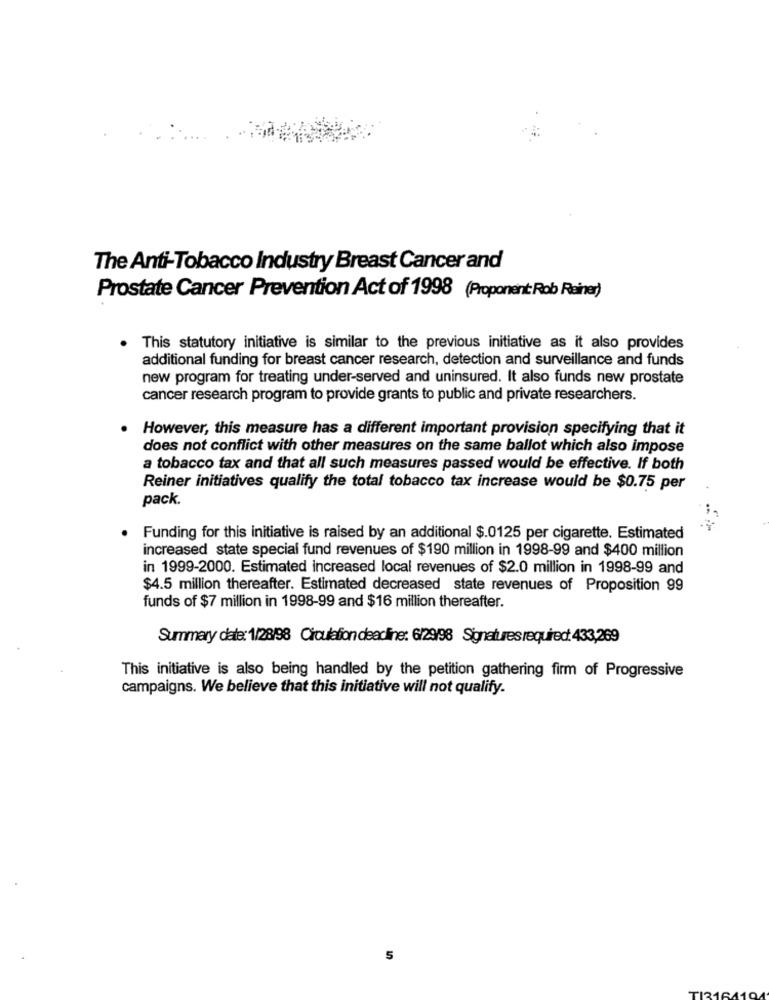
The Anti-Tobacco Industry Breast Cancer and
Prostate Cancer Prevention Act of 1998 (Proponent Rob Rainer)
This statutory initiative is similar to the previous initiative as it also provides
additional funding for breast cancer research, detection and surveillance and funds
new program for treating under-served and uninsured. It also funds new prostate
cancer research program to provide grants to public and private researchers.
However, this measure has a different important provision specifying that it
does not conflict with other measures on the same ballot which also impose
a tobacco tax and that all such measures passed would be effective. If both
Reiner initiatives qualify the total tobacco tax increase would be $0.75 per
pack.
Funding for this initiative is raised by an additional $.0125 per cigarette. Estimated
increased state special fund revenues of $190 million in 1998-99 and $400 million
in 1999-2000. Estimated increased local revenues of $2.0 million in 1998-99 and
$4.5 million thereafter. Estimated decreased state revenues of Proposition 99
funds of $7 million in 1998-99 and $16 million thereafter.
Summary date: 1/28/98 Circulation deadline: 6/29/98 Signaturesrequired 433,269
This initiative is also being handled by the petition gathering firm of Progressive
campaigns. We believe that this initiative will not qualify.
5